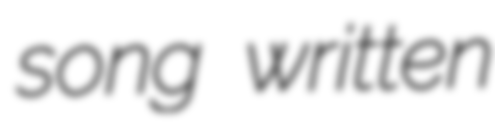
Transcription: song written